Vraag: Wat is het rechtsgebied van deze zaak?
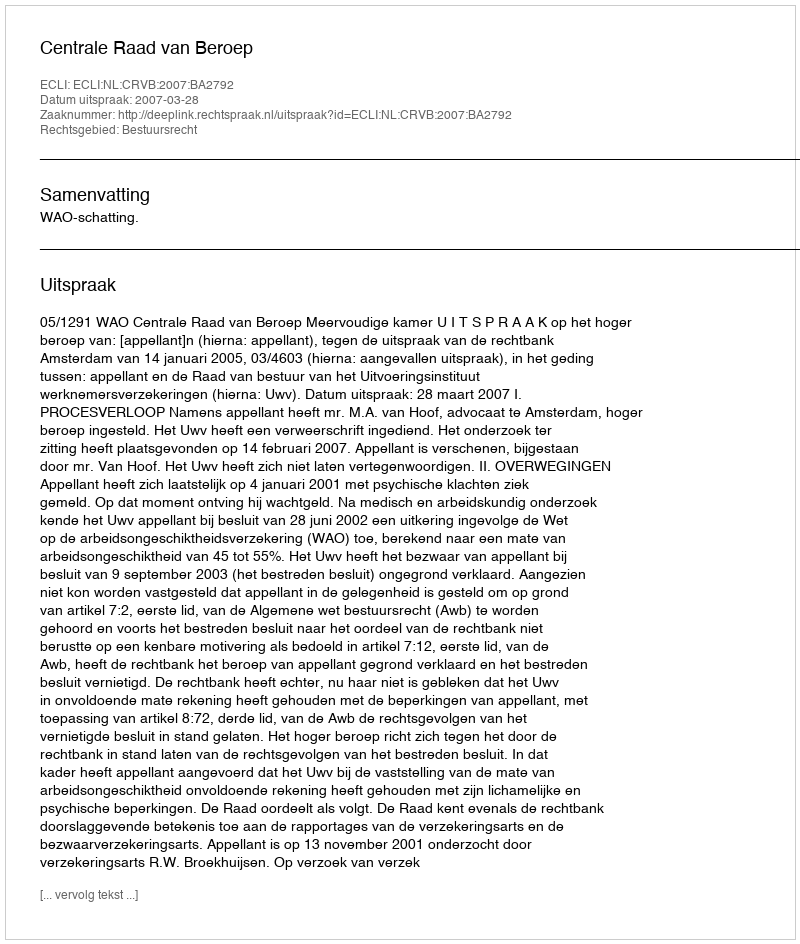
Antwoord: Bestuursrecht